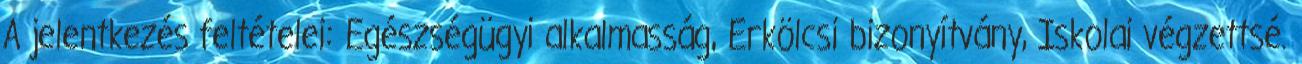
A jelentkezés feltételei: Egészségügyi alkalmasság, Erkölcsi bizonyítvány, Iskolai végzettsé.